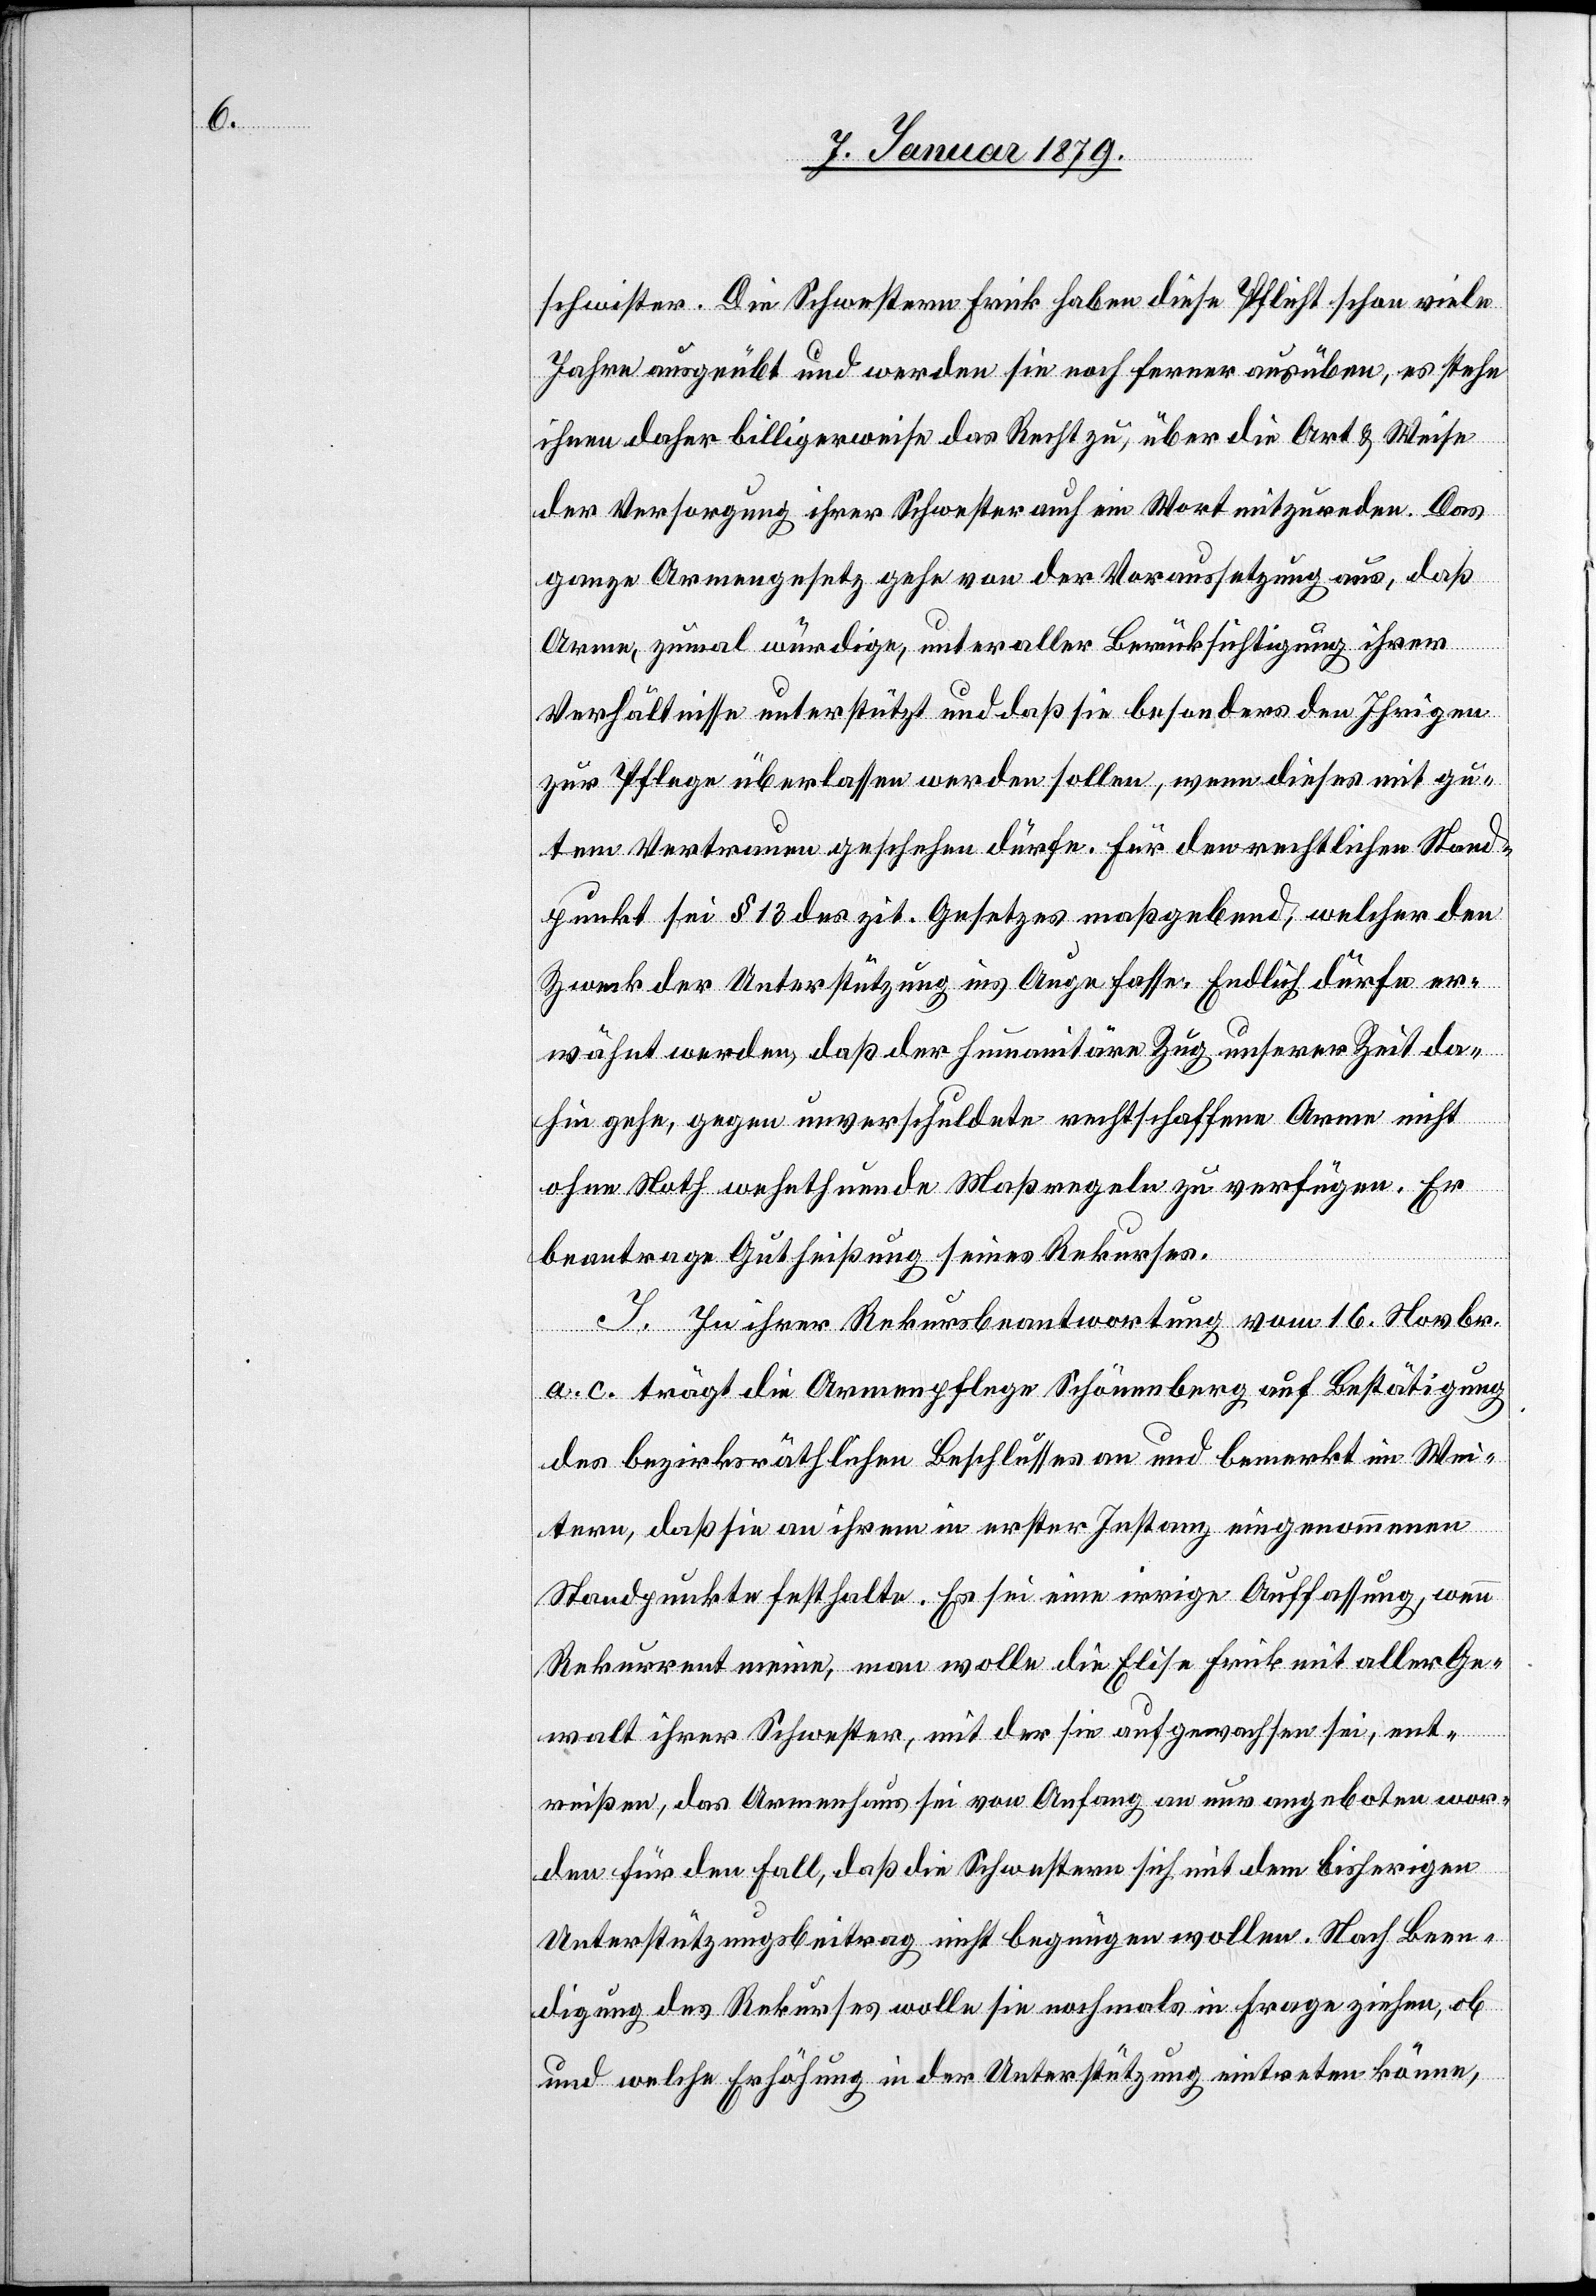
schwister. Die Schwestern Frick haben diese Pflicht schon viele
Jahre ausgeübt und werden sie noch ferner ausüben, es stehe
ihnen daher billigerweise das Recht zu, über die Art & Weise
der Versorgung ihrer Schwester auch ein Wort mitzureden. Das
ganze Armengesetz gehe von der Voraussetzung aus, daß
Arme, zumal würdige, unter aller Berücksichtigung ihrer
Verhältnisse unterstützt und daß sie besonders den Ihrigen
zur Pflege überlassen werden sollen, wenn dieses mit gu¬
tem Vertrauen geschehen dürfe. Für den rechtlichen Stand¬
punkt sei § 13 des zit. Gesetzes maßgebend, welcher den
Zweck der Unterstützung ins Auge fasse. Endlich dürfe er¬
wähnt werden, daß der humanitäre Zug unserer Zeit da¬
hin gehe, gegen unverschuldete rechtschaffene Arme nicht
ohne Noth wehethuende Maßregeln zu verfügen. Er
beantrage Gutheißung seines Rekurses.
J. Zu ihrer Rekursbeantwortung vom 16. Novbr.
[sic!] trägt die Armenpflege Schönenberg auf Bestätigung
des bezirksräthlichen Beschlusses an und bemerkt im Wei¬
tern, daß sie an ihrem in erster Instanz eingenommenen
Standpunkte festhalte. Es sei eine irrige Auffassung, wenn
Rekurrent meine, man wolle die Elise Frick mit aller Ge¬
walt ihrer Schwester, mit der sie aufgewachsen sei, ent¬
reißen, das Armenhaus sei von Anfang an nur angeboten wor¬
den für den Fall, daß die Schwestern sich mit dem bisherigen
Unterstützungsbeitrag nicht begnügen wollen. Nach Been¬
digung des Rekurses wolle sie nochmals in Frage ziehen, ob
und welche Erhöhung in der Unterstützung eintreten könne,